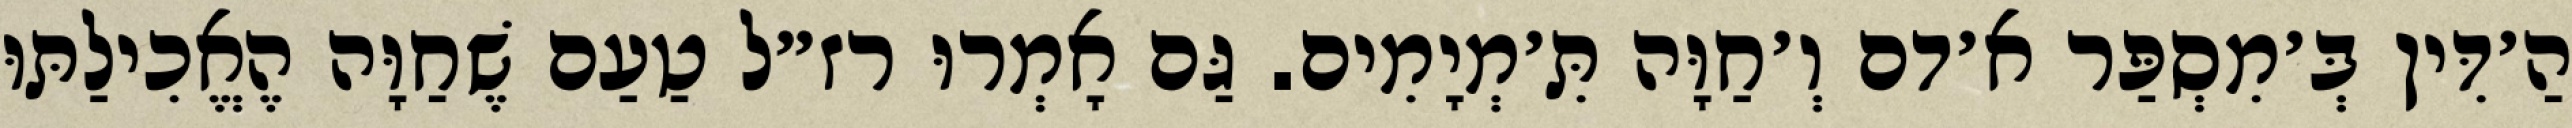
הַ׳דִּין בְּ׳מִסְפַּר א׳דם וְ׳חַוָּה תִּ׳מְיָמִים. גַּם אָמְרוּ רז״ל טַעַם שֶׁחַוָּה הֶאֱכִילַתּוּ